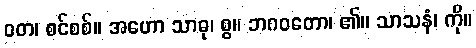
ဝတ၊ စင်စစ်။ အဟော သာဓု၊ စွ။ ဘဂဝတော၊ ၏။ သာသနံ၊ ကို။